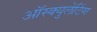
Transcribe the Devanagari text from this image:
ऑस्क्युलेटिंग